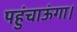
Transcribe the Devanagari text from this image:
पहुंचाऊंगा।